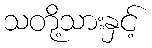
သတို့သားနှင့်